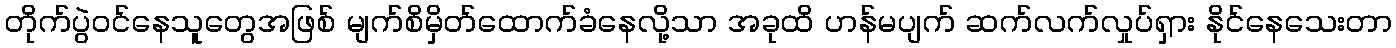
တိုက်ပွဲဝင်နေသူတွေအဖြစ် မျက်စိမှိတ်ထောက်ခံနေလို့သာ အခုထိ ဟန်မပျက် ဆက်လက်လှုပ်ရှား နိုင်နေသေးတာ